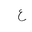
Letter: _ayn